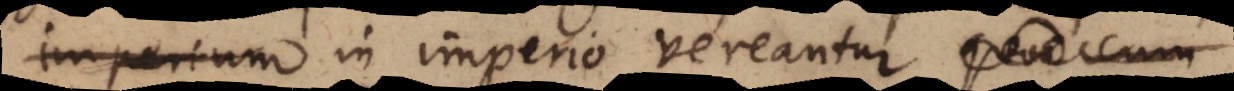
imperium in imperio vereantur,